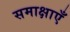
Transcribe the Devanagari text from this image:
समाक्षाएँ